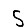
Digit: 5